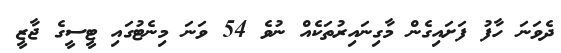
ދެވަނަ ހާފު ފަށައިގެން މާގިނައިރުތަކެއް ނުވެ 54 ވަނަ މިނެޓުގައި ޓީސީގެ ޖާޒީ